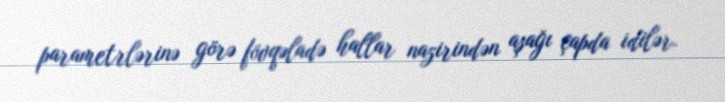
parametrlərinə görə fövqəladə hallar nazirindən aşağı çapda idilər.